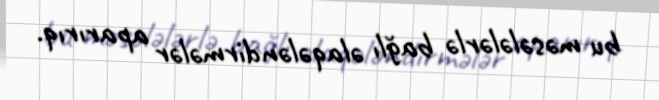
bu məsələlərlə bağlı əlaqələndirmələr aparırıq.